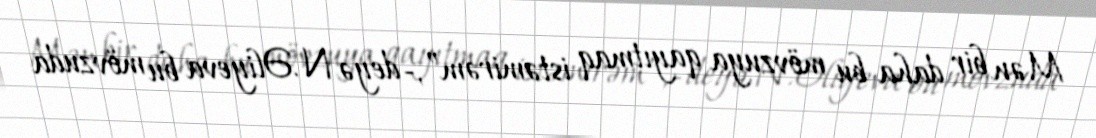
Mən bir daha bu mövzuya qayıtmaq istəmirəm”,- deyə N.Əliyeva bu mövzuda